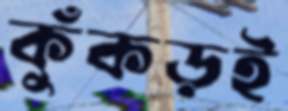
কুঁকড়ই